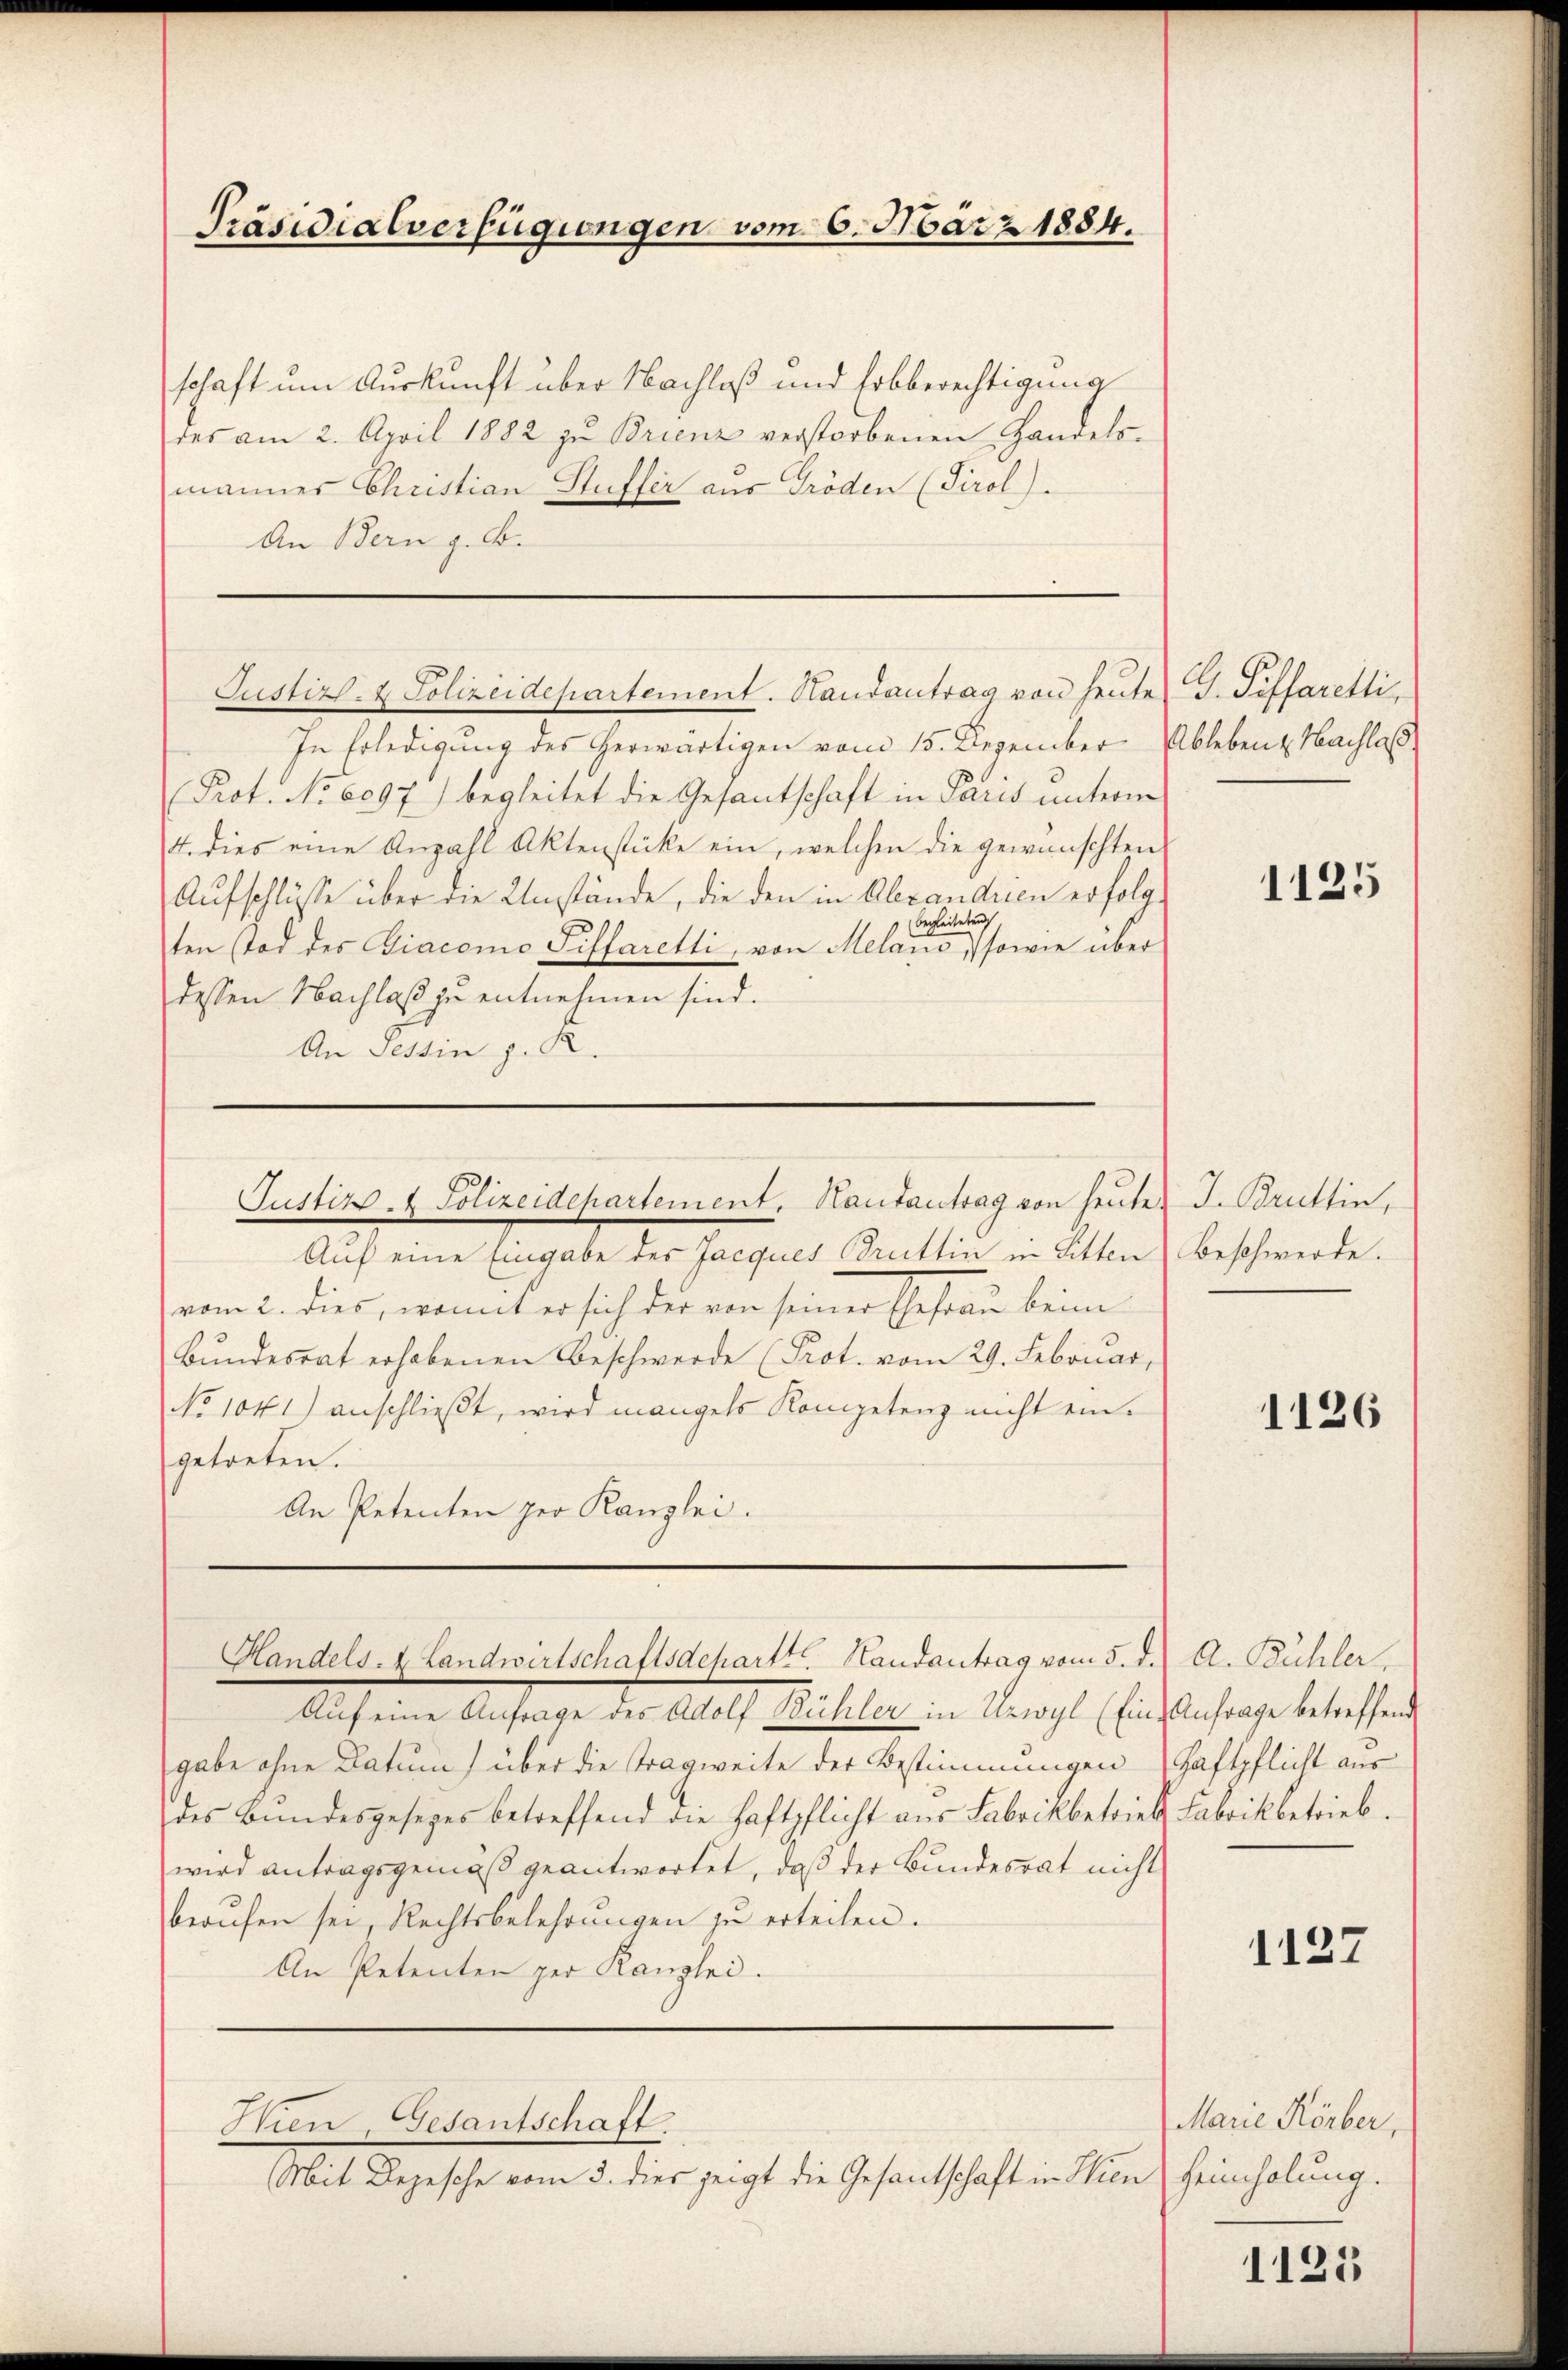
Präsidialverfügungen vom 6. März 1884.

schaft um Auskunft über Nachlaß und Erbberechtigung
des am 2. April 1882 zu Brienz verstorbenen Handels-
manner Christian Huffer aus Tröden (Tirol).
An Bern z. B.

Justiz- & Polizeidepartement. Handantrag von heute G. Tiffaretti,

In Erledigung des herwärtigen vom 15. Dezember Ableben & Nachlaß
Prot. No 6097) begleitet die Gesantschaft in Paris unterm
4. dies eine Anzahl Aktenstücke ein, welchen die gewünschten
Aufschlüsse über die Umstände, die den in Alexandren erfolgbegleiteten.
ten (Tod des Diacomo Siffaretti, von Melano, sowie über
dessen Nachlaß zu entnehmen sind.
An Tessin z. R.

Justiz- & Polizeidepartement, Hautantrag von heute.

Auf eine Eingabe des Jacques Bruttin in Sitten) Beschwerde.
vom 2. dies, womit er sich der von seiner Gefrau beim
Bŭndesrat erhobenen Beschwerde (Prot. vom 29. Februar,
No 1041) anschlieβt, wird mangels Kompetenz nicht ein-
getreten.
An Petenten per Kanzlei.

Handels- & Landwirtschaftsdepartt. Handantrag vom 5. d. A. Bühler,

Mit Depesche vom 3. dies zeigt die Gesantschaft in Wien Heimholung.

Hien, Gesantschaft

Auf eine Anfrage des Adolf Bühler in Urwyl (Ein-Anfrage betreffend
gabe ohne Datum) über die Tragweite der Bestimmungen Haftpflicht aus
des Bundesgesetzes betreffend die Haftpflicht aus Fabrikbetrieb Fabrikbetrieb.
wird antragsgemäß geantwortet, daß der Bundesrat nicht
berŭfen sei, Rechtsbelehrŭngen zŭ erteilen.
An Petenten per Kanzlei.

1125

J. Bruttin,

1126

1127

Marie Körber,

1125